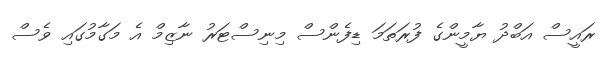
ރައީސް އަބްދު ޔާމީންގެ ފުރަތަމަ ޑިފެންސް މިނިސްޓަރު ނާޒިމް އެ މަގާމުގައި ވެސް